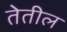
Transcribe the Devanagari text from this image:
तेतील